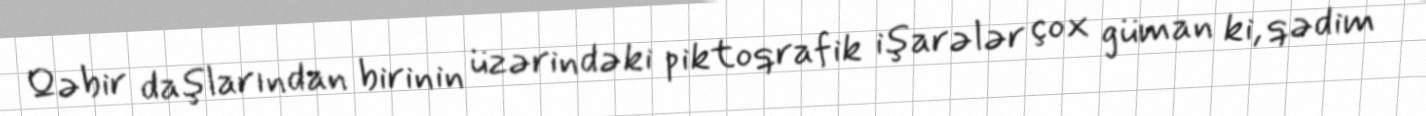
Qəbir daşlarından birinin üzərindəki piktoqrafik işarələr çox güman ki, qədim